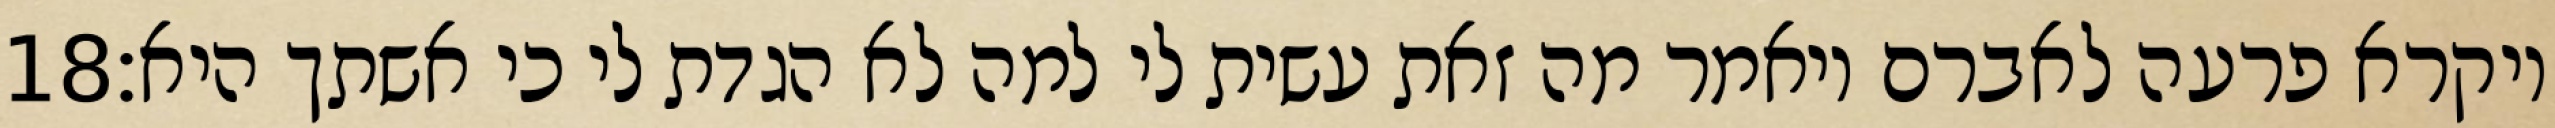
‎18‏ ויקרא פרעה לאברם ויאמר מה זאת עשית לי למה לא הגדת לי כי אשתך היא׃